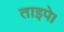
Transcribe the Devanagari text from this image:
ताइपे।